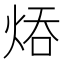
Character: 㶺